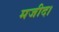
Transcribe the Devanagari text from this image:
मजीद।